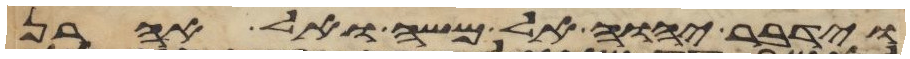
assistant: וידבר יהוה אל משה ואל אהרן